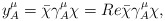
\begin{align*}y^{\mu}_{A}=\bar{\chi}\gamma^{\mu}_{A}\chi=Re{\bar{\chi}\gamma^{\mu}_{A}\chi},\end{align*}